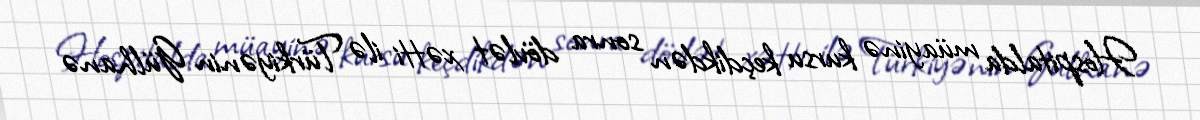
Hospitalda müayinə kursu keçdikdən sonra dövlət xətti ilə Türkiyənin Gülhanə